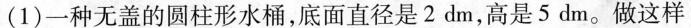
(1)一种无盖的圆柱形水桶，底面直径是2dm，高是5dm。做这样